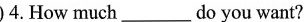
)4.How much___do you want?